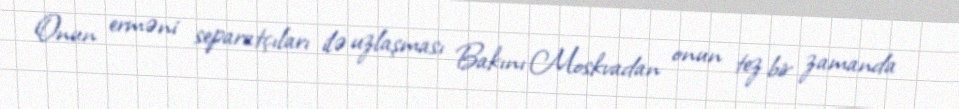
Onun erməni separatçıları ilə uzlaşması Bakını Moskvadan onun tez bir zamanda